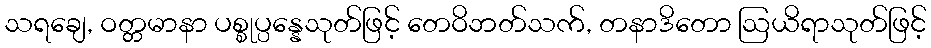
သရချေ, ဝတ္တမာနာ ပစ္စုပ္ပန္နေသုတ်ဖြင့် တေဝိဘတ်သက်, တနာဒိတော ဩယိရာသုတ်ဖြင့်